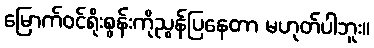
မြောက်ဝင်ရိုးစွန်းကိုညွန်ပြနေတာ မဟုတ်ပါဘူး။